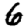
Digit: 6